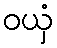
ဝယှံ